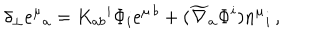
LaTeX: \delta _ { \perp } e ^ { \mu } { } _ { a } = K _ { a b } { } ^ { i } \Phi _ { i } e ^ { \mu \, b } + ( \widetilde \nabla _ { a } \Phi ^ { i } ) n ^ { \mu } { } _ { i } \, ,